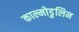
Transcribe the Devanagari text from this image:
काल्मोडुलिन